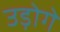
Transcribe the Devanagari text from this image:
उड़ोगे